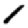
Digit: 1